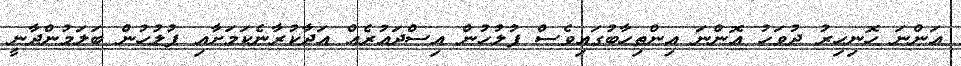
އަންނަ ހޮނިހިރު ދުވަހު އޮންނަ އިންތިހާބުގައިވެސް ފުލުހުން އިސްދައުރެއް އަދާކުރާނެކަމަށާއި ފުލުހުން ބަލަމުންދާނީ